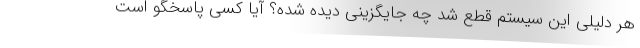
هر دلیلی این سیستم قطع شد چه جایگزینی دیده شده؟ آیا کسی پاسخگو است